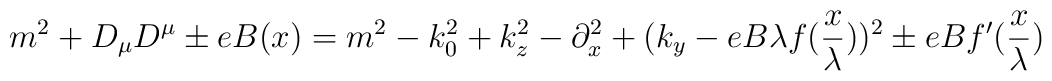
m^2+D_\mu D^\mu\pm e B(x)=m^2-k_0^2+k_z^2-\partial_x^2+(k_y-eB\lambda f(\frac{x}{\lambda}))^2\pm eB f^\prime (\frac{x}{\lambda})